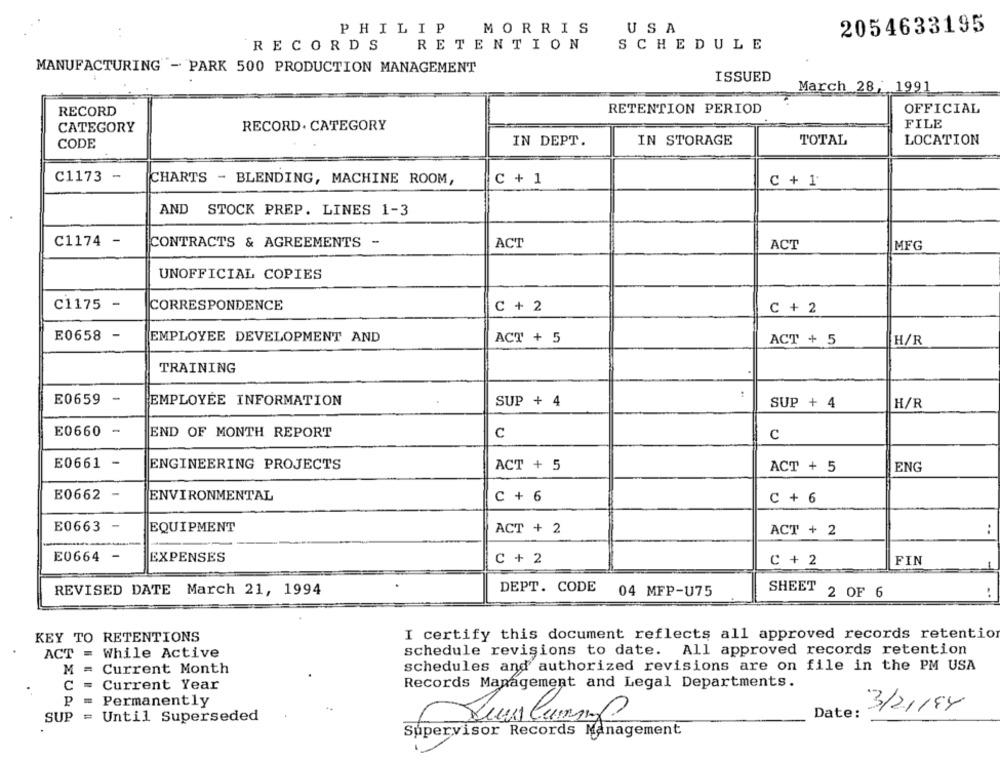
PHILIP
MORRIS
USA
2054633195
RETENTION
SCHEDULE
RECORDS
MANUFACTURING - PARK 500 PRODUCTION MANAGEMENT
ISSUED
March 28, 1991
RECORD
RETENTION PERIOD
OFFICIAL
CATEGORY
RECORD . CATEGORY
FILE
CODE
IN DEPT.
IN STORAGE
TOTAL
LOCATION
C1173 -
CHARTS - BLENDING, MACHINE ROOM,
C + 1
C + 1
AND STOCK PREP. LINES 1-3
C1174 -
CONTRACTS & AGREEMENTS -
ACT
ACT
MFG
UNOFFICIAL COPIES
C1175 -
CORRESPONDENCE
C + 2
C + 2
E0658 -
EMPLOYEE DEVELOPMENT AND
ACT + 5
ACT + 5
H/R
TRAINING
E0659
-
EMPLOYEE INFORMATION
SUP + 4
SUP + 4
H/R
E0660 -
END OF MONTH REPORT
C
C
E0661 -
ENGINEERING PROJECTS
ACT + 5
ACT + 5
ENG
E0662 -
ENVIRONMENTAL
C + 6
C + 6
E0663 -
EQUIPMENT
ACT + 2
ACT + 2
:
E0664 -
EXPENSES
C + 2
C + 2
FIN
REVISED DATE March 21, 1994
DEPT. CODE
04 MFP-U75
SHEET
2 OF 6
..
KEY TO RETENTIONS
I certify this document reflects all approved records retentio
ACT = While Active
schedule revisions to date. All approved records retention
M = Current Month
schedules and authorized revisions are on file in the PM USA
C = Current Year
Records Management and Legal Departments.
P = Permanently
3/2/194
Date:
SUP = Until Superseded
Supervisor Records Management